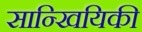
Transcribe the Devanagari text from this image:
सान्खियिकी